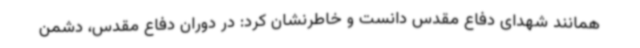
همانند شهدای دفاع مقدس دانست و خاطرنشان کرد: در دوران دفاع مقدس، دشمن